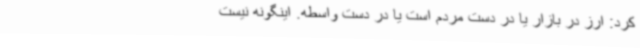
کرد: ارز در بازار یا در دست مردم است یا در دست واسطه. اینگونه نیست